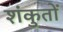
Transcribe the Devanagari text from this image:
शंकुतों